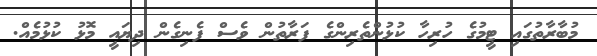
މުބާރާތުގައި ޓީމުގެ ހުރިހާ ކުޅުންތެރިންގެ ފަރާތުން ވެސް ފެނިގެން ދިޔައީ މޮޅު ކުޅުމެއް.